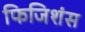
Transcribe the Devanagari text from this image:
फिजिशंस